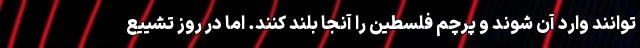
‌توانند وارد آن شوند و پرچم فلسطین را آنجا بلند کنند. اما در روز تشییع